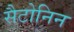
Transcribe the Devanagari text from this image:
सैटोनिन